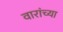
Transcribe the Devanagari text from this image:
वारांच्या